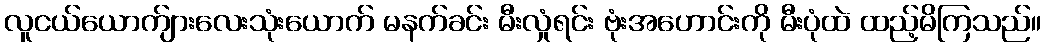
လူငယ်ယောက်ျားလေးသုံးယောက် မနက်ခင်း မီးလှုံရင်း ဗုံးအဟောင်းကို မီးပုံထဲ ထည့်မိကြသည်။